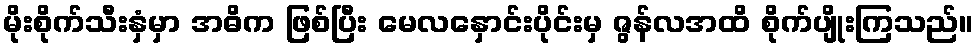
မိုးစိုက်သီးနှံမှာ အဓိက ဖြစ်ပြီး မေလနှောင်းပိုင်းမှ ဇွန်လအထိ စိုက်ပျိုးကြသည်။